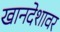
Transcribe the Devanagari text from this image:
खानदेशावर